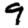
Digit: 9